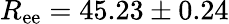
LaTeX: R_{\mathrm{ee}}=45.23\pm 0.24